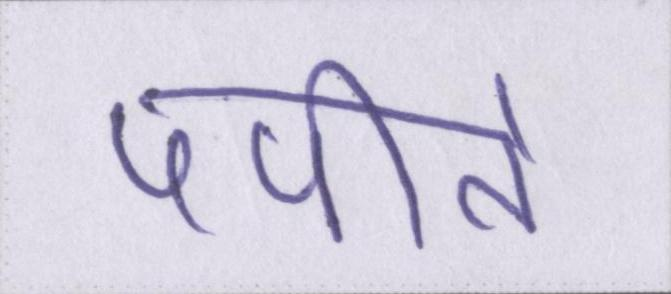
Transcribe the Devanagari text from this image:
पपीते